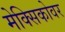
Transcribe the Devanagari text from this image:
मेक्सिकोवर